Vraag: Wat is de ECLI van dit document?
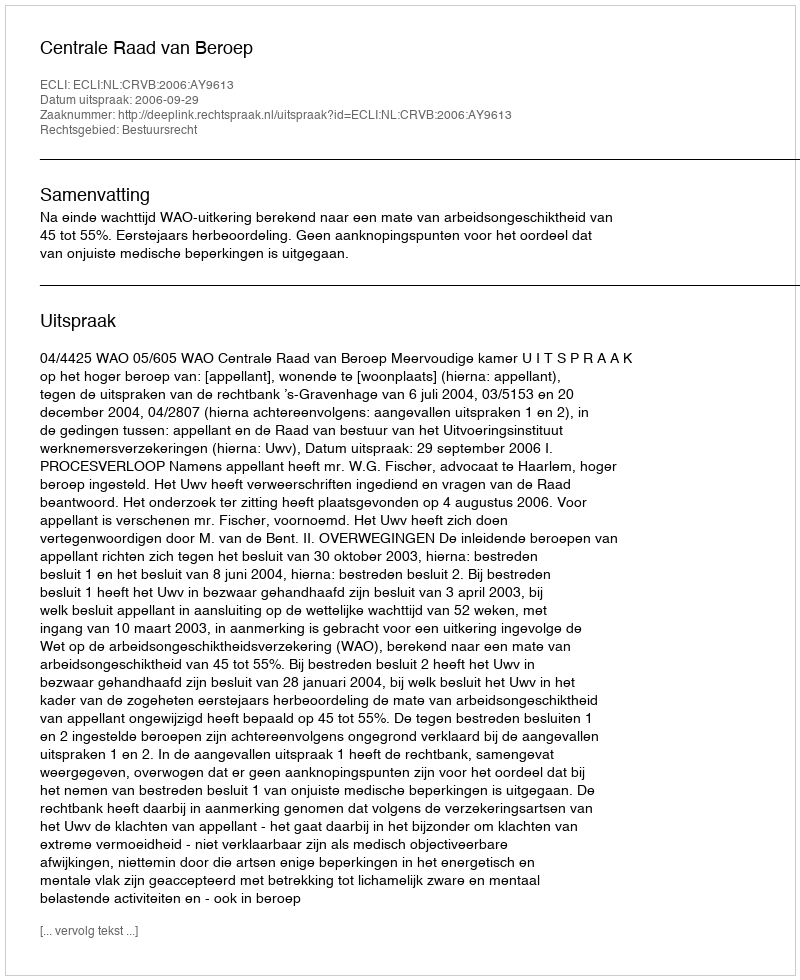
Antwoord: ECLI:NL:CRVB:2006:AY9613